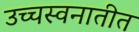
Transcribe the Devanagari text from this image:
उच्चस्वनातीत